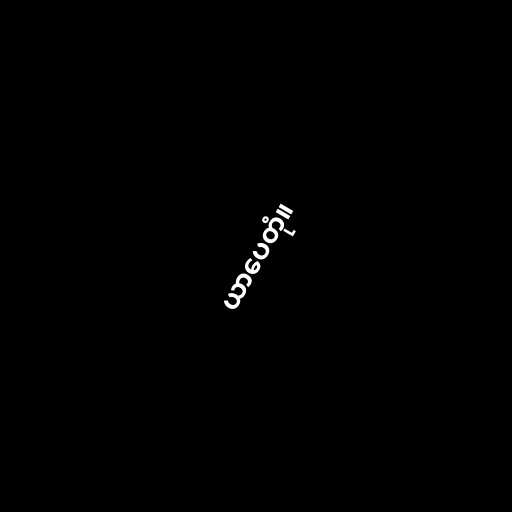
ယာပေတုံ။